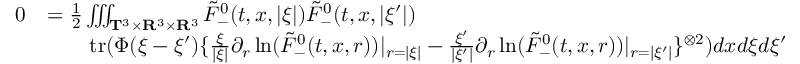
\begin{array} { r l } { 0 } & { = \frac { 1 } { 2 } \iiint _ { \mathbf T ^ { 3 } \times \mathbf R ^ { 3 } \times \mathbf R ^ { 3 } } \tilde { F } _ { - } ^ { 0 } ( t , x , | \xi | ) \tilde { F } _ { - } ^ { 0 } ( t , x , | \xi ^ { \prime } | ) } \\ & { \quad \quad \mathrm { t r } ( \Phi ( \xi - \xi ^ { \prime } ) \{ \frac { \xi } { | \xi | } \partial _ { r } \ln ( \tilde { F } _ { - } ^ { 0 } ( t , x , r ) ) | _ { r = | \xi | } - \frac { \xi ^ { \prime } } { | \xi ^ { \prime } | } \partial _ { r } \ln ( \tilde { F } _ { - } ^ { 0 } ( t , x , r ) ) | _ { r = | \xi ^ { \prime } | } \} ^ { \otimes 2 } ) d x d \xi d \xi ^ { \prime } } \end{array}